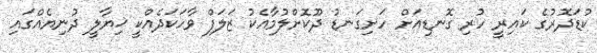
ކުޑަދޮރުގެ ކައިރީ ހުރި ގޮނޑިއަށް ހަށިގަނޑު ދޫކޮށްލުމާއެކު ޒަލަފް ވާހަކަދެއްކީ ޚިޔާލީ ދުނިޔެއްގައި